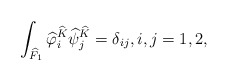
\begin{align*}\int_{\widehat{F}_1}\widehat{\varphi}_i^{\widehat{K}}\widehat{\psi}_j^{\widehat{K}}=\delta_{ij},i,j=1,2,\end{align*}